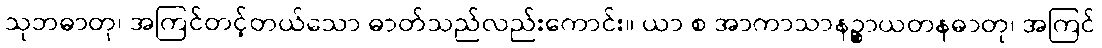
သုဘဓာတု၊ အကြင်တင့်တယ်သော ဓာတ်သည်လည်းကောင်း။ ယာ စ အာကာသာနဉ္စာယတနဓာတု၊ အကြင်